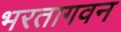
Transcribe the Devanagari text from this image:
भरतागवन